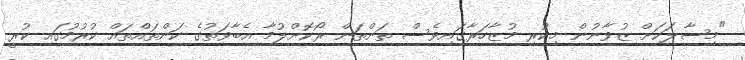
"މިސާލަކަށް ޒުވާނުން މިކުރި މުޒާހަރާގައިވެސް ތަންތަން ރޯކޮށްލުމާ އެބާވަތުގެ ކަންތައްތައް ކުރުމުގައި ކުރީ